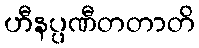
ဟီနပ္ပဏီတတာတိ